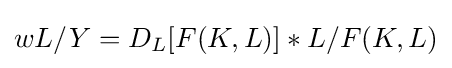
wL/Y=D_{L}[F(K,L)]*L/F(K,L)